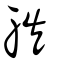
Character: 䠶